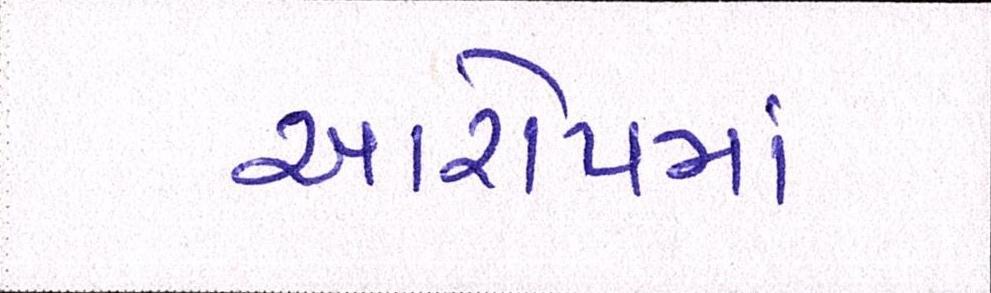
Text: આરોપમાં